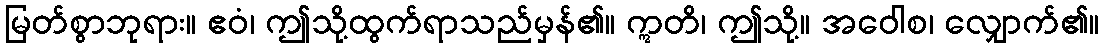
မြတ်စွာဘုရား။ ဧဝံ၊ ဤသို့ထွက်ရာသည်မှန်၏။ ဣတိ၊ ဤသို့။ အဝေါစ၊ လျှောက်၏။